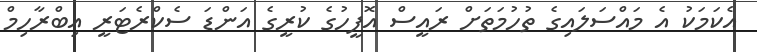
އެކަމަކު އެ މައްސަލައިގެ ތުހުމަތަށް ރައީސް އޮފީހުގެ ކުރީގެ އަންޑަ ސެކްރެޓަރީ އިބްރާހިމް